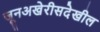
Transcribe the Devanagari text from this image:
जूनअखेरीसदेखील